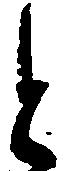
と